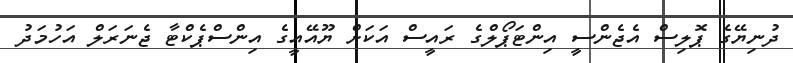
ދުނިޔޭގެ ޕޮލިސް އެޖެންސީ އިންޓަޕޯލްގެ ރައީސް އަކަށް ޔޫއޭއީގެ އިންސްޕެކްޓާ ޖެނަރަލް އަހުމަދު